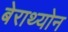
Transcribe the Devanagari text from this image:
बेराथ्योन